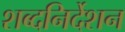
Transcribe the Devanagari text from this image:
शब्दनिर्देशन